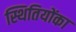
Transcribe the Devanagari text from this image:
स्थितियोंका